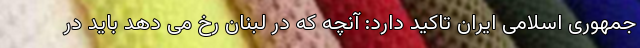
جمهوری اسلامی ایران تاکید دارد: آنچه که در لبنان رخ می دهد باید در